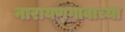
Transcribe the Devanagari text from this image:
नारायणगावाच्या